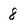
Character: 8